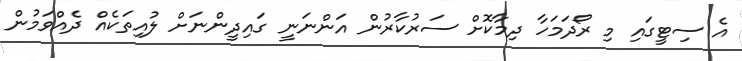
އެ ސިޓީގައި މި ރޯދަމަހާ ދިމާކޮށް ސަރުކާރުން އަންނަނީ ގައިދީންނަށް ލުއިތަކެއް ދެއްވަމުން